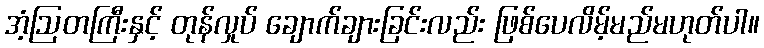
အံ့ဩတကြီးနှင့် တုန်လှုပ် ချောက်ချားခြင်းလည်း ဖြစ်ပေလိမ့်မည်မဟုတ်ပါ။